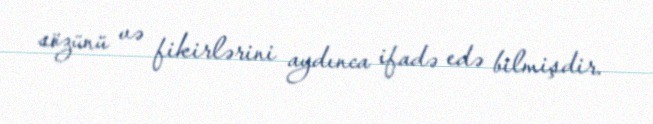
sözünü və fikirlərini aydınca ifadə edə bilmişdir.